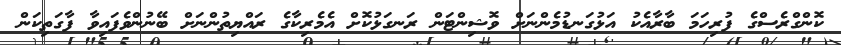
ކޮންގްރެސްގެ ފުރިހަމަ ބާރާއެކު އަޅުގަނޑުމެންނަށް ވޮޝިންޓަން ރަނގަޅުކޮށް އެމެރިކާގެ ރައްޔިތުންނަށް ބޭނުންވެފައިވާ ފާގަތިކަން